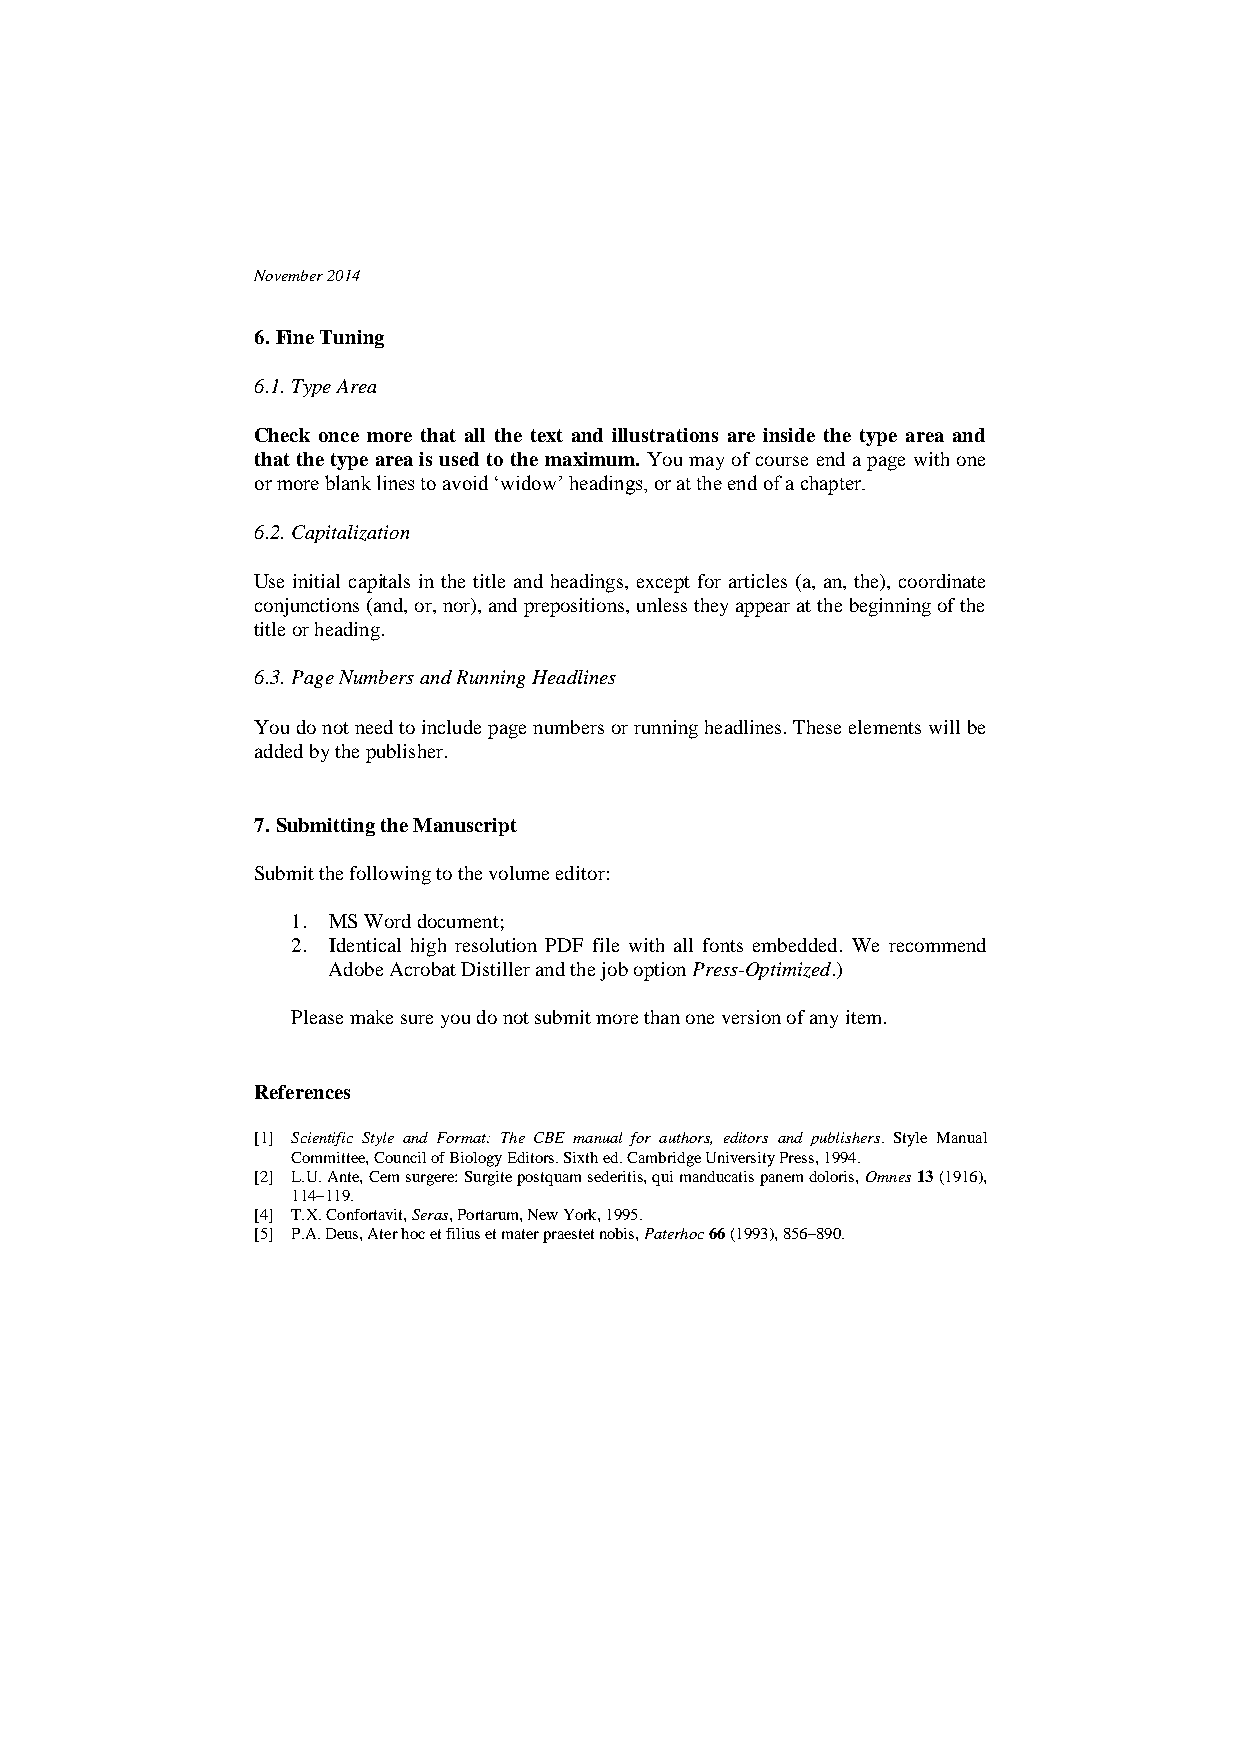
November 2014
 6. Fine Tuning
 6.1. Type Area
 Check once more that all the text and illustrations are inside the type area and
 that the type area is used to the maximum. You may of course end a page with one
 or more blank lines to avoid ‘widow’ headings, or at the end of a chapter.
 6.2. Capitalization
 Use initial capitals in the title and headings, except for articles (a, an, the), coordinate
 conjunctions (and, or, nor), and prepositions, unless they appear at the beginning of the
 title or heading.
 6.3. Page Numbers and Running Headlines
 You do not need to include page numbers or running headlines. These elements will be
 added by the publisher.
 7. Submitting the Manuscript
 Submit the following to the volume editor:
 1. MS Word document;
 2. Identical high resolution PDF file with all fonts embedded. We recommend
 Adobe Acrobat Distiller and the job option Press-Optimized.)
 Please make sure you do not submit more than one version of any item.
 References
 [1] Scientific Style and Format: The CBE manual for authors, editors and publishers. Style Manual
 Committee, Council of Biology Editors. Sixth ed. Cambridge University Press, 1994.
 [2] L.U. Ante, Cem surgere: Surgite postquam sederitis, qui manducatis panem doloris, Omnes 13 (1916),
 114–119.
 [4] T.X. Confortavit, Seras, Portarum, New York, 1995.
 [5] P.A. Deus, Ater hoc et filius et mater praestet nobis, Paterhoc 66 (1993), 856–890.